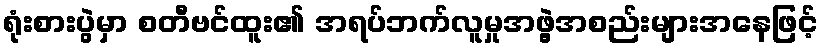
ရုံးစားပွဲမှာ စတီဗင်ထူး၏ အရပ်ဘက်လူမှုအဖွဲ့အစည်းများအနေဖြင့်